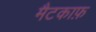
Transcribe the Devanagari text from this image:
मैटकाफ़